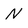
Character: N